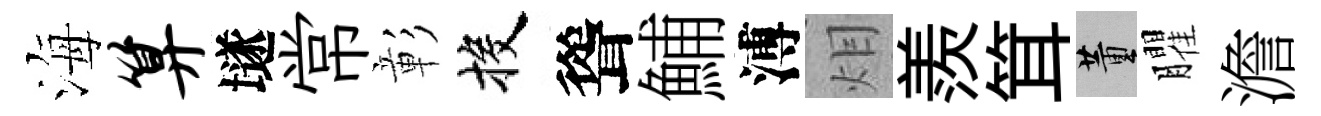
海算𡑞常彰投聳鯆溥𤇆羨䇯董臞澹